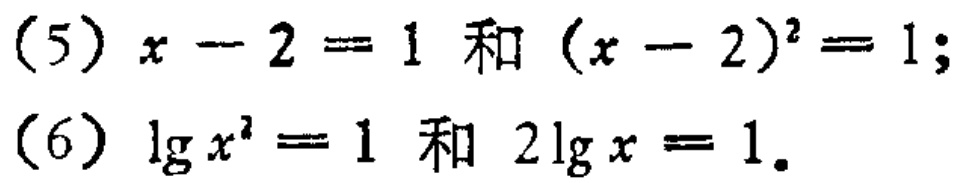
(5) \(x - 2 = 1\) 和 \((x - 2)^2 = 1\);
(6) \(\lg x^2 = 1\) 和 \(2\lg x = 1\).